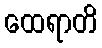
ထေရာတိ